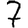
Digit: 7